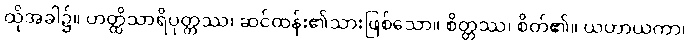
ထိုအခါ၌။ ဟတ္ထိသာရိပုတ္တဿ၊ ဆင်ထန်း၏သားဖြစ်သော။ စိတ္တဿ၊ စိတ်၏။ ယဟာယကာ၊